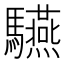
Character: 驠